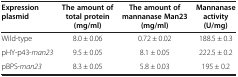
<table><thead><tr><td><b>Expression plasmid</b></td><td><b>The amount of total protein(mg/ml)</b></td><td><b>The amount of mannanase Man23(mg/ml)</b></td><td><b>Mannanase activity(U/mg)</b></td></tr></thead><tbody><tr><td>Wild-type</td><td>8.0 ± 0.06</td><td>0.72 ± 0.02</td><td>188.5 ± 0.3</td></tr><tr><td>pHY-p43-<i>man23</i></td><td>9.5 ± 0.05</td><td>8.1 ± 0.05</td><td>222.5 ± 0.2</td></tr><tr><td>pBPS-<i>man23</i></td><td>8.3 ± 0.05</td><td>5.8 ± 0.03</td><td>195 ± 0.2</td></tr></tbody></table>